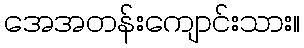
အေအတန်းကျောင်းသား။